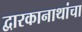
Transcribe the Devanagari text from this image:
द्वारकानाथांचा